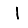
Digit: 1